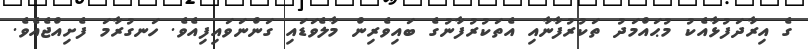
ގެ އިރާދަފުޅާއެކު މުޙައްމަދު ތަކުރުފާނާއި އެތަކުރުފާނުގެ ބައިވެރިން މާލެވަޑައި ގަންނަވައިފިއެވެ. ހަނގުރާމަ ފެށިއްޖެއެވެ.